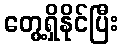
တွေ့ရှိနိုင်ပြီး